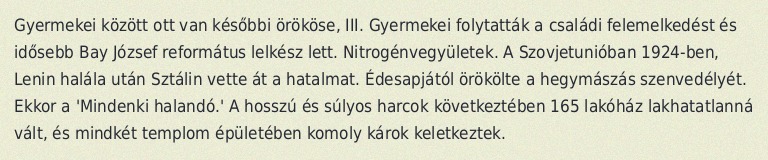
Gyermekei között ott van későbbi örököse, III. Gyermekei folytatták a családi felemelkedést és idősebb Bay József református lelkész lett. Nitrogénvegyületek. A Szovjetunióban 1924-ben, Lenin halála után Sztálin vette át a hatalmat. Édesapjától örökölte a hegymászás szenvedélyét. Ekkor a 'Mindenki halandó.' A hosszú és súlyos harcok következtében 165 lakóház lakhatatlanná vált, és mindkét templom épületében komoly károk keletkeztek.